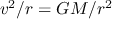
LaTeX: v ^ { 2 } / r = G M / r ^ { 2 }